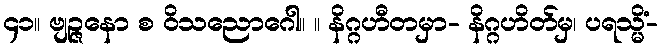
၄၁။ ဗျဉ္ဇနော စ ဝိသညောဂေါ။ ။ နိဂ္ဂဟီတမှာ- နိဂ္ဂဟိတ်မှ၊ ပရသ္မိံ-